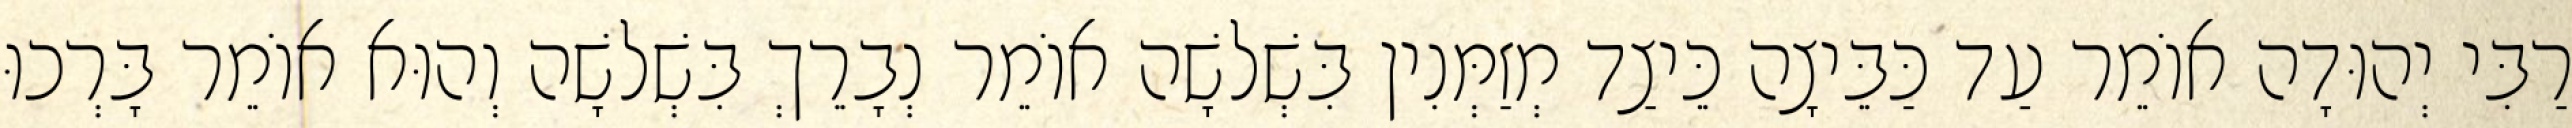
רַבִּי יְהוּדָה אוֹמֵר עַד כַּבֵּיצָה כֵּיצַד מְזַמְּנִין בִּשְׁלשָׁה אוֹמֵר נְבָרֵךְ בִּשְׁלשָׁה וְהוּא אוֹמֵר בָּרְכוּ